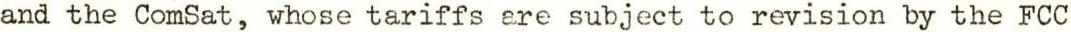
and the ComSat, whose tariffs are subject to revision by the FCC